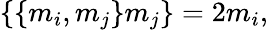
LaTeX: \lbrace\lbrace m_{i},m_{j}\rbrace m_{j}\rbrace=2m_{i},